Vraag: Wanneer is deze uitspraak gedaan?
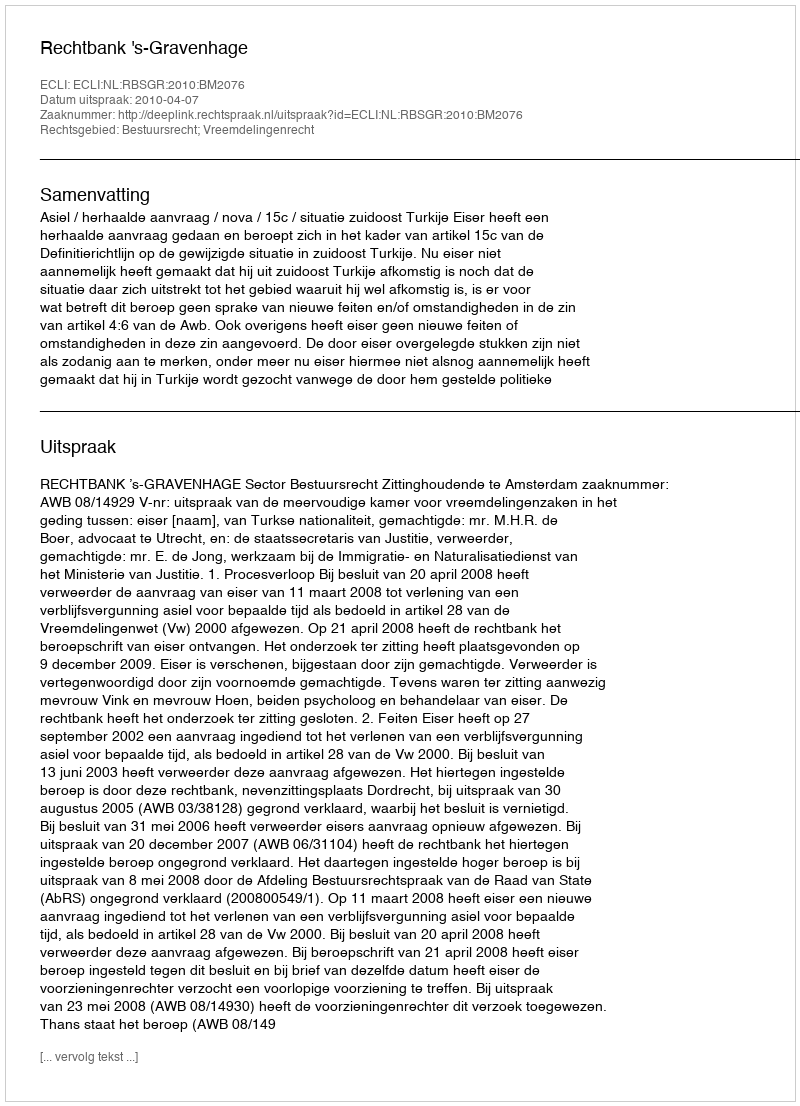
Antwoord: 2010-04-07